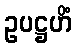
ဥပဋ္ဌဟိံ